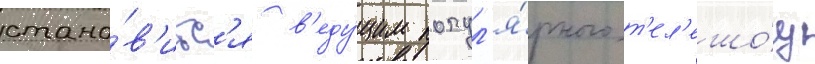
стано́в'итс'я в'еду́щим попул'я́рного т'ел'ешо́у